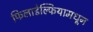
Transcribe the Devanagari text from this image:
फिलाडेल्फियामधून